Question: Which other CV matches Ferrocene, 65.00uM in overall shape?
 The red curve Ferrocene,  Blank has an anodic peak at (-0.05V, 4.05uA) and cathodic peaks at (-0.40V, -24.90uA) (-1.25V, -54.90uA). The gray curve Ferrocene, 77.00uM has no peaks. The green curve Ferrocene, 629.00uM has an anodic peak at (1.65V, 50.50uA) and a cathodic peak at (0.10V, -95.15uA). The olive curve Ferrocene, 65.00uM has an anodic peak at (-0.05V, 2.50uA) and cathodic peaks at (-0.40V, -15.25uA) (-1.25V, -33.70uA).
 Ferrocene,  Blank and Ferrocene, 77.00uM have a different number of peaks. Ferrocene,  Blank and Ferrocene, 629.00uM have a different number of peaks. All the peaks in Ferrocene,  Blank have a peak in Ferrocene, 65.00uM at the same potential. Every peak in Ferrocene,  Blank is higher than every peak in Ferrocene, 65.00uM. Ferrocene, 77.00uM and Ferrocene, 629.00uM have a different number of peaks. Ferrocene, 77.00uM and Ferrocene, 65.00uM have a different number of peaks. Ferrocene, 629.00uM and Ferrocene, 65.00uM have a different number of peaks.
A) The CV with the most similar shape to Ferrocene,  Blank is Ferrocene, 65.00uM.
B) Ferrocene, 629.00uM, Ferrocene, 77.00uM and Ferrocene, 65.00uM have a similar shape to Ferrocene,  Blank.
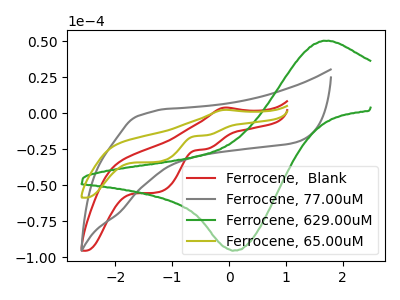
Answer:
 <answer>A) The CV with the most similar shape to "Ferrocene,  Blank" is "Ferrocene, 65.00uM".</answer>
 <eval>A</eval>